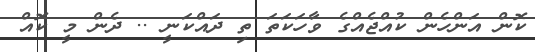
ކޮން އަންހެން ކުއްޖެއްގެ ވާހަކަތަ ތި ދައްކަނީ .. ދެން މީ ކޮއް